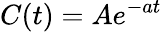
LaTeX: C(t)=Ae^{-at}